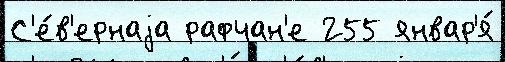
С'е́в'ернаjа рафчан'е 255 январ'я́